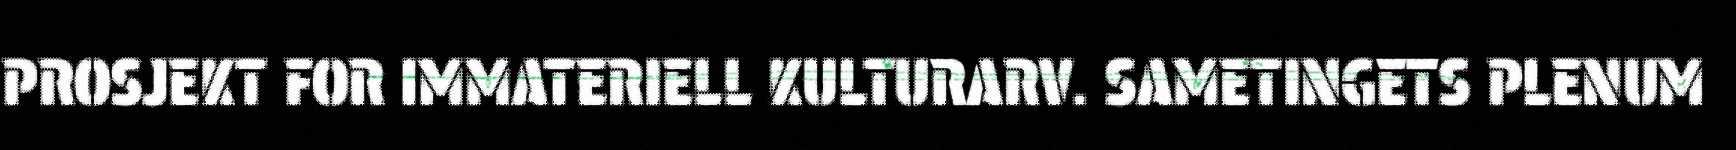
PROSJEKT FOR IMMATERIELL KULTURARV. SAMETINGETS PLENUM